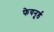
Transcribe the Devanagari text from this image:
फेयनूर्ड